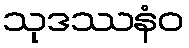
သုဒဿနံဝ